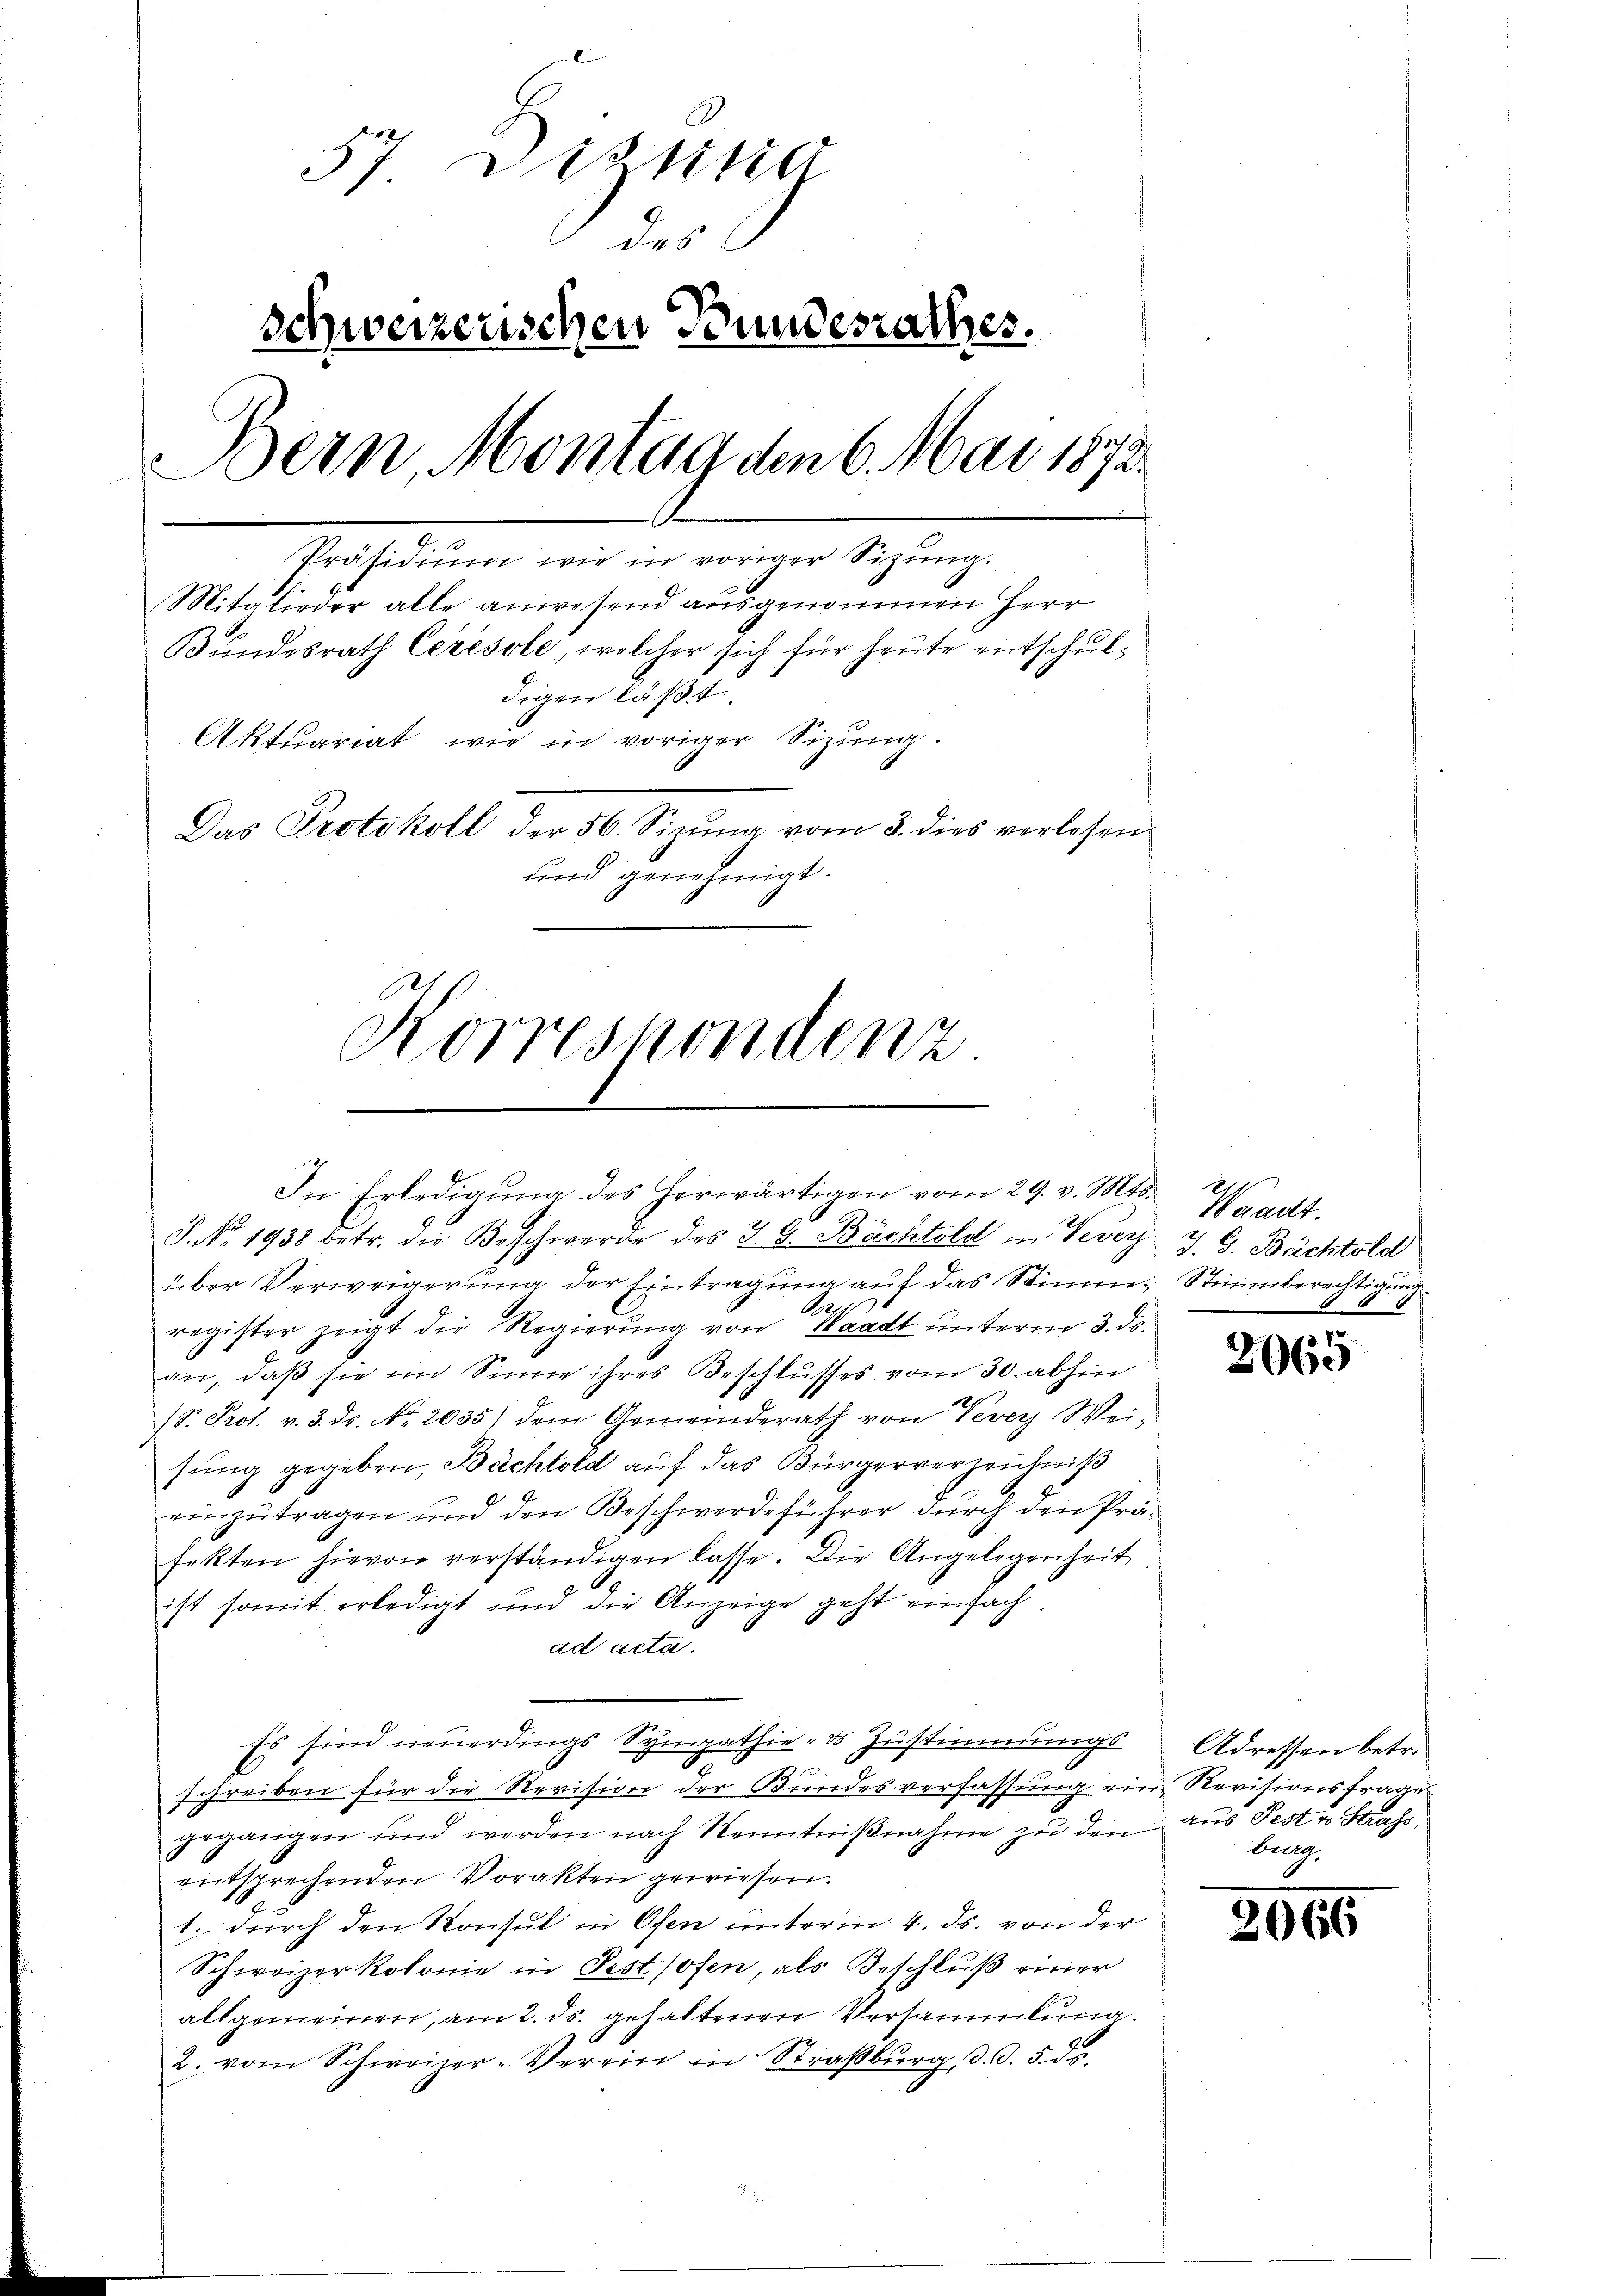
57. Destitia
des
Schweizerischen Bundesrathes.
Bern, Montag den 6. Mai 1873.
Präsidium wie in voriger Sitzung.
Mitglieder alle anwesend ausgenommen Herr
Bŭndesrath Ceresole, welcher sich für heute entschuldigen läßt.
Aktuariat wie in voriger Sizung.
Das Protokoll der 56. Sizŭng vom 3. dies verlesen
und genehmigt.

Korrespondenz

In Erledigŭng des herwärtigen vom 29. v. Mts.
J. N. 1938 betr. die Beschwerde des J. G. Bächtold in Vevers J. G. Bächtold
über Verweigerung der Eintragung auf das Stimme Stimmberechtigung
Pos
register zeigt die Regierung von Waadt unterm 3. ds.
an, daß sie im Sinne ihres Beschlusses vom 30. abhin
(S. Prof. v. 3. ds. No. 2035) dem Gemeinderath von Vevey Weisung gegeben, Bächtold auf das Bürgerverzeichniß
einzutragen und den Beschwerdeführer durch den Präfekten hievon verständigen lasse. Die Angelegenheit
ist somit erledigt und die Anzeige geht einfachad acta.
Es sind neuerdings Sympathie, ds Zustimmungs
r
schreiben für die Revision der Bundesverfassung ein Revisionsfrage
gegangen und werden nach Kenntniβnahme zu den aus Pest u. Strass
entsprechenden Vorakten gewiesen.
1. durch den Konsul in Ofen unterm 4. ds. von der
Schweizerkolonie in Festhofen, als Beschluß einer
allgemeinen, am 2. ds. gehaltenen Versammlung.
2. vom Schweizer-Verein in Straßburg, d. d. 5. ds.

Waadt.

2065

Adressen betr.
burg,

2066